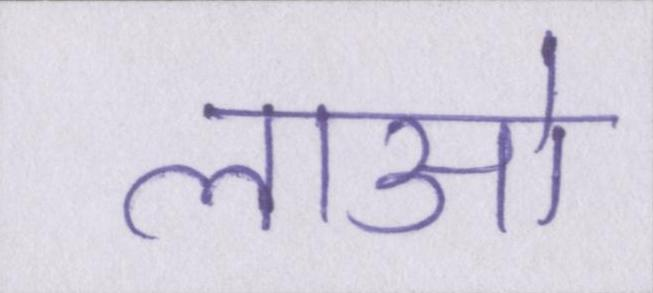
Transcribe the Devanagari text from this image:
लाओ